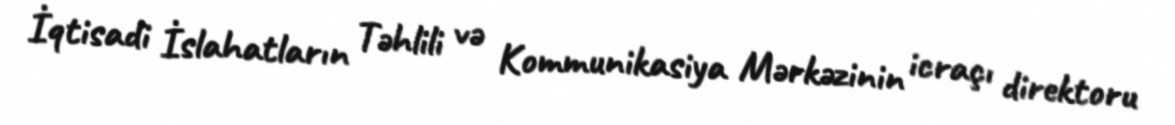
İqtisadi İslahatların Təhlili və Kommunikasiya Mərkəzinin icraçı direktoru